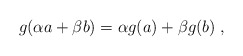
\begin{align*}g(\alpha a+\beta b)=\alpha g(a)+\beta g(b)\; ,\end{align*}